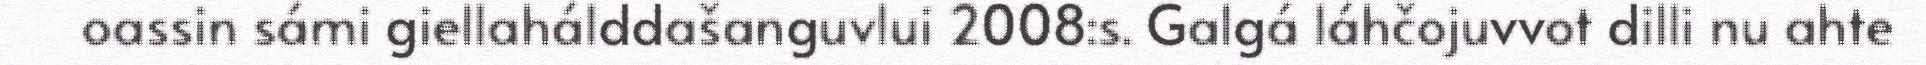
oassin sámi giellahálddašanguvlui 2008:s. Galgá láhčojuvvot dilli nu ahte